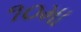
૧૦મા